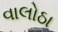
વાલોઠા